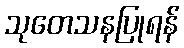
သုတေသနပြုရန်